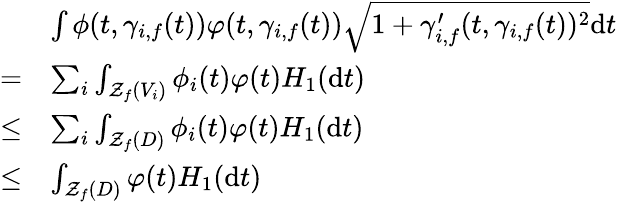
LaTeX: \begin{array}{rl}&{\int\phi(t,\gamma_{i,f}(t))\varphi(t,\gamma_{i,f}(t))\sqrt{1+\gamma_{i,f}^{\prime}(t,\gamma_{i,f}(t))^{2}}\mathrm{d}t}\\ {=}&{\sum_{i}\int_{\mathcal{Z}_{f}(V_{i})}\phi_{i}(t)\varphi(t)H_{1}(\mathrm{d}t)}\\ {\leq}&{\sum_{i}\int_{\mathcal{Z}_{f}(D)}\phi_{i}(t)\varphi(t)H_{1}(\mathrm{d}t)}\\ {\leq}&{\int_{\mathcal{Z}_{f}(D)}\varphi(t)H_{1}(\mathrm{d}t)}\end{array}